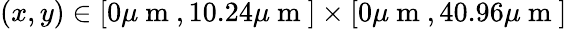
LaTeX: \left(x,y\right)\in[0\mu\mathrm{~m~},10.24\mu\mathrm{~m~}]\times[0\mu\mathrm{~m~},40.96\mu\mathrm{~m~}]